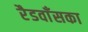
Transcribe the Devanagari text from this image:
रैडवाँसका